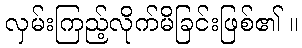
လှမ်းကြည့်လိုက်မိခြင်းဖြစ်၏ ။